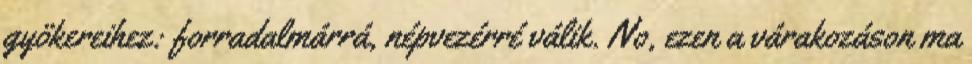
gyökere­ihez: forradalmárrá, népvezérré válik. No, ezen a várakozáson ma